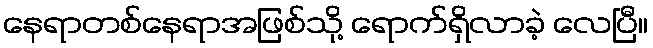
နေရာတစ်နေရာအဖြစ်သို့ ရောက်ရှိလာခဲ့ လေပြီ။